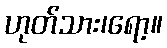
ဟုတ်သား၊ရော့။